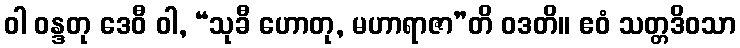
ဝါ ဝန္ဒတု ဒေဝီ ဝါ, “သုခီ ဟောတု, မဟာရာဇာ”တိ ဝဒတိ။ ဧဝံ သတ္တဒိဝသာ